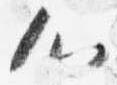
心